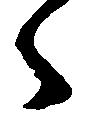
々